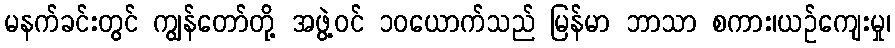
မနက်ခင်းတွင် ကျွန်တော်တို့ အဖွဲ့ဝင် ၁၀ယောက်သည် မြန်မာ ဘာသာ စကား၊ယဉ်ကျေးမှု၊